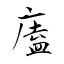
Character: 廅